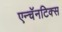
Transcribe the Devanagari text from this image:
एन्चॅनटिक्स